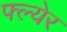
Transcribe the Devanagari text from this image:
फ्ल्येर